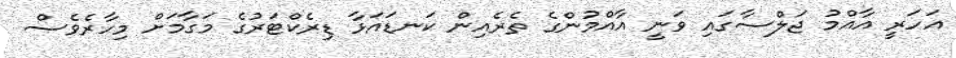
އަހަރީ އާއްމު ޖަލްސާގައި ވަނީ އާއްމުންގެ ތެރެއިން ކަނޑައަޅާ ޑިރެކްޓަރުގެ މަގާމަށް މިހާރެވެސް